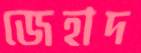
জেহাদ